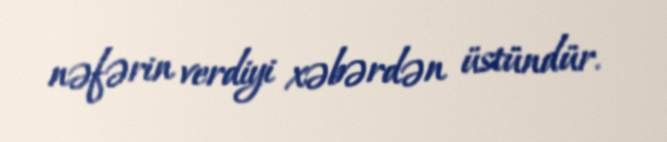
nəfərin verdiyi xəbərdən üstündür.